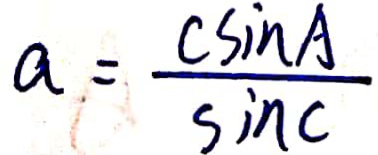
a = \frac { c \sin A } { \sin C }